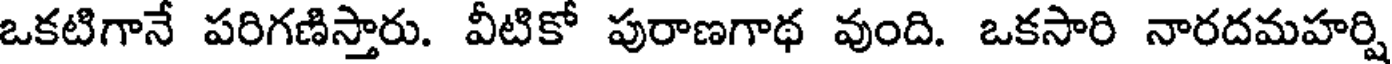
ఒకటిగానే పరిగణిస్తారు. వీటికో పురాణగాథ వుంది. ఒకసారి నారదమహర్షి